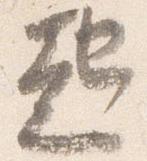
起